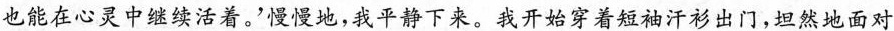
也能在心灵中继续活着。慢慢地，我平静下来。我开始穿着短袖汗衫出门，坦然地面对